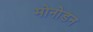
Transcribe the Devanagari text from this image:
मोनोडन